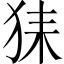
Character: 𤞖